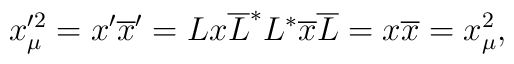
x_\mu ^{\prime 2}=x^{\prime }\overline{x}^{\prime}=Lx\overline{L}^{*}L^{*}\overline{x}\overline{L}=x\overline{x}=x_\mu ^2,